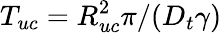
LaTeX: T_{uc}=R_{uc}^{2}\pi/(D_{t}\gamma)